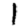
Digit: 1